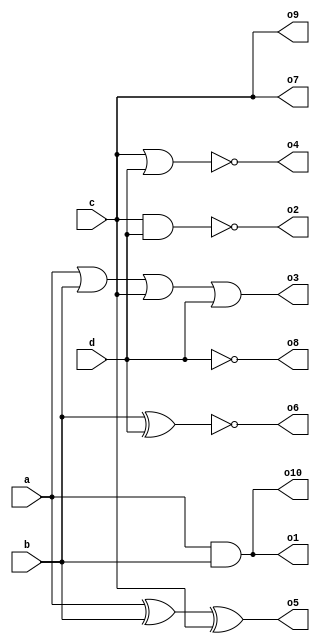
`timescale 1us/1ns
module built_in_gates(
    input a, b, c, d, // module inputs

    output o1, o2, o3, o4, o5, o6, o7, o8, o9, o10 // module outputs
);
    and and1 (o1, a, b);
    nand nand1 (o2, c, d);
    or or1 (o3, a, b, c, d);
    nor nor1 (o4, c, d);
    xor xor1(o5, a, b, c);
    xnor xnor1(o6, b, d);
    buf buf1(o7, c);
    not not1 (o8, d);

    buf #0.1 buf_dly (o9, c); // this delay requires the timescale
    and #0.2 and_dly (o10, a , b);
    
endmodule